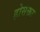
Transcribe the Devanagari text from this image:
होसक्ता